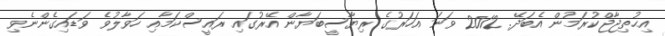
އިޙުތިޖާޖްކުރަމުން އެބަދޭ. 2012 ވަނަ އަހަރުގެ ރިޔާސީބަޔާން އޭރުގައި ރައީސްކަމާއި ހަވާލުވެ ވަޑައިގެންނެވި